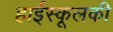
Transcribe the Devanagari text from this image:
हाईस्कूलकी